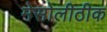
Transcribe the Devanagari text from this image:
मेसोलीठीक